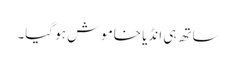
ساتھ ہی انڈیا خاموش ہو گیا۔